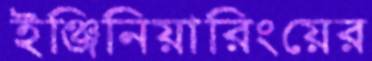
ইঞ্জিনিয়ারিংয়ের